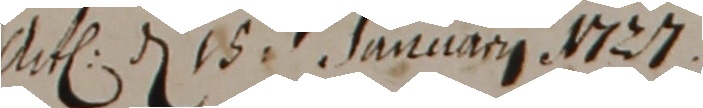
Act den 16t januarii 1727